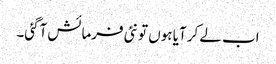
اب لے کر آیا ہوں تو نئی فرمائش آگئی۔